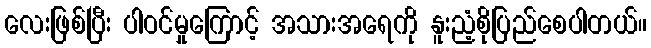
လေးဖြစ်ပြီး ပါဝင်မှုကြောင့် အသားအရေကို နူးညံ့စိုပြည်စေပါတယ်။